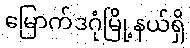
မြောက်ဒဂုံမြို့နယ်ရှိ